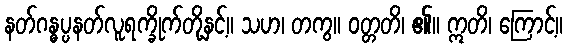
နတ်ဂန္ဓပ္ပနတ်လူရက္ခိုက်တို့နှင့်။ သဟ၊ တကွ။ ဝတ္တတိ၊ ၏။ ဣတိ၊ ကြောင့်။